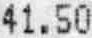
41.50